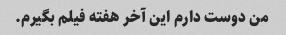
من دوست دارم این آخر هفته فیلم بگیرم.